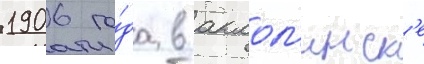
1906 го́да в акмол'инск'е